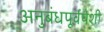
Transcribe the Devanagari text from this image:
अनुबंधपूर्वपेशी